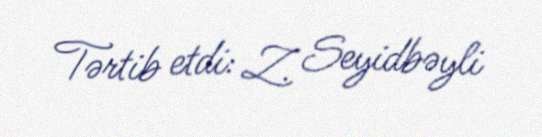
Tərtib etdi: Z. Seyidbəyli